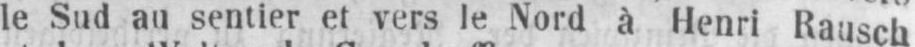
le Sud au sentier et vers le Nord à Henri Rausch